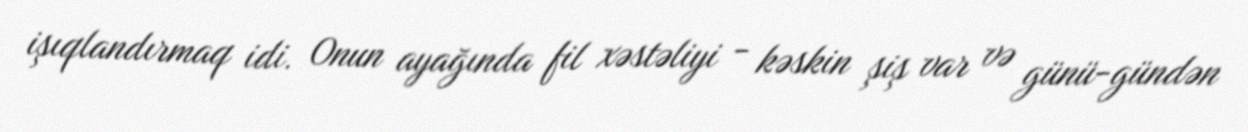
işıqlandırmaq idi. Onun ayağında fil xəstəliyi - kəskin şiş var və günü-gündən